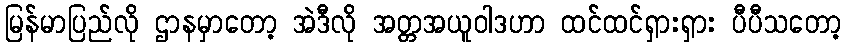
မြန်မာပြည်လို ဌာနမှာတော့ အဲဒီလို အတ္တအယူဝါဒဟာ ထင်ထင်ရှားရှား ပီပီသတော့